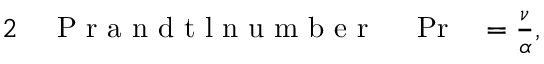
\begin{array} { r l r l } { { 2 } } & { { } \mathrm { ~ P ~ r ~ a ~ n ~ d ~ t ~ l ~ n ~ u ~ m ~ b ~ e ~ r ~ } } & { \, \, \operatorname* { P r } } & { { } = \frac { \nu } { \alpha } , } \end{array}